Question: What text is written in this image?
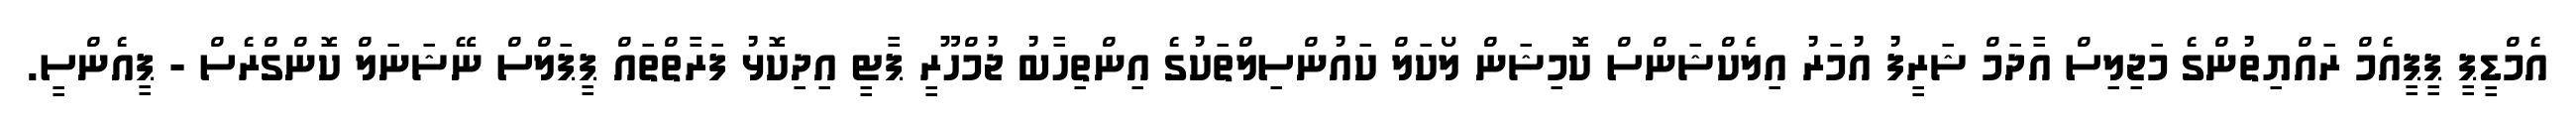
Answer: އެމްޑީޕީ ޕީޕީއެމް ރައްޔިތުންގެ މަޖިލިސް އާދަމް ޝަރީފު އުމަރު އިލެކްޝަންސް ކޮމިޝަން ލޯކަލް ކައުންސިލްތަކުގެ އިންތިހާބު ޖުމްހޫރީ ޕާޓީ އިދިކޮޅު ފަރާތްތައް ޕީޕަލްސް ނޭޝަނަލް ކޮންގްރެސް - ޕީއެންސީ.